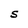
Character: S